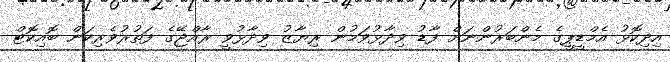
އިދިކޮޅު އެމްޑީޕީގެ މެންބަރުންނަށް ފާޑު ވިދާޅުވަމުން ރިޔާޒު ވިދާޅުވީ ރާއްޖޭގެ ފަތުރުވެރިކަން ބޮއިކޮޓް